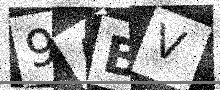
Text: 9ABV